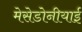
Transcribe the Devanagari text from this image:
मेसेडोनीयाई